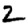
Digit: 2